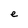
Character: e